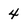
Character: 4